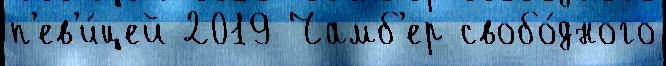
п'ев'и́цей 2019 Чамб'ер свобо́дного